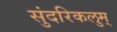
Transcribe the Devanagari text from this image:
सुंदरिकलुम्